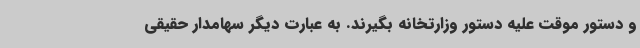
و دستور موقت علیه دستور وزارتخانه بگیرند. به عبارت دیگر سهامدار حقیقی